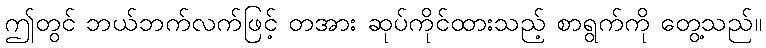
ဤတွင် ဘယ်ဘက်လက်ဖြင့် တအား ဆုပ်ကိုင်ထားသည့် စာရွက်ကို တွေ့သည်။